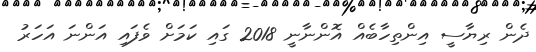
ދެން ރިޔާސީ އިންތިހާބެއް އޮންނާނީ 2018 ގައި ކަމަށް ވެފައި އަންނަ އަހަރު